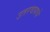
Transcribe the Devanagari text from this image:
उतरवायचे